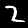
Label: 2